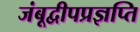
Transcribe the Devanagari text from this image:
जंबूद्वीपप्रज्ञप्ति